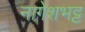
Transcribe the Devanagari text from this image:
नागेशभट्ट